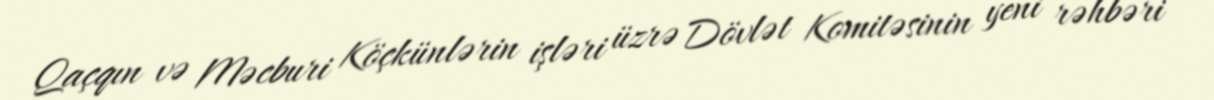
Qaçqın və Məcburi Köçkünlərin işləri üzrə Dövlət Komitəsinin yeni rəhbəri